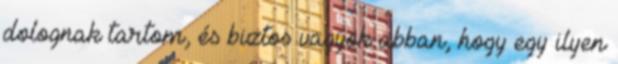
dolognak tartom, és biztos vagyok abban, hogy egy ilyen